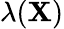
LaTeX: \lambda(\mathbf{X})